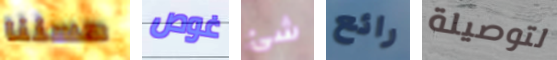
حسننا غوص شئ رائع لتوصيلة